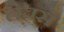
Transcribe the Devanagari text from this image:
लेचसे